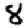
Digit: 8